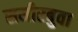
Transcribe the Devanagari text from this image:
समीरबुवा